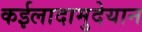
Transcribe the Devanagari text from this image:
कईलादामुदेयान